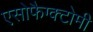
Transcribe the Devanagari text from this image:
एसोफैग्क्टोमी